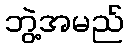
ဘွဲ့အမည်